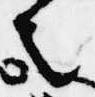
者